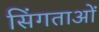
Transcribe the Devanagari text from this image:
सिंगताओं